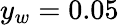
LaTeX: y_{w}=0.05